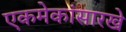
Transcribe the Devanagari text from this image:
एकमेकांसारखे